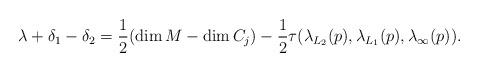
LaTeX: \begin{align*}\lambda+\delta_1-\delta_2=\frac{1}{2}(\dim M - \dim C_j) -\frac{1}{2} \tau(\lambda_{L_2}(p),\lambda_{L_1}(p),\lambda_\infty(p)).\end{align*}